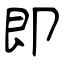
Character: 即